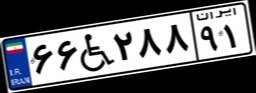
۶۶W۲۸۸۹۱